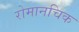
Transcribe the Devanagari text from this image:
रोमानचिक